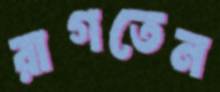
রাগতেন